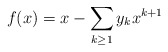
\begin{gather*}f(x) =x - \sum_{k \ge 1} y_k x^{k+1}\end{gather*}